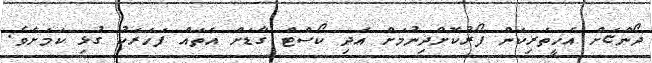
ދޯންޏަށް އެހީތެރިކަން ފޯރުކޮށްދިނުމަށް އެދި ކޯސްޓް ގާޑަށް އެތައް ފަހަރަކު ގުޅި ކަމަށެވެ.